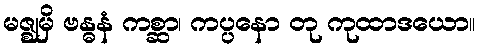
မဇ္ဈမှိ ဗန္ဓနံ ကစ္ဆာ၊ ကပ္ပနော တု ကုထာဒယော။